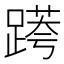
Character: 𨃖